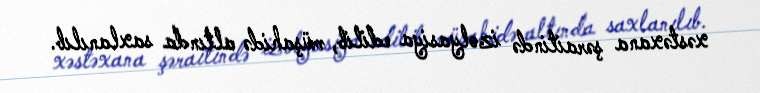
xəstəxana şəraitində izolyasiya edilib, müşahidə altında saxlanılıb.